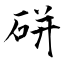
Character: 硑